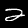
Label: 2